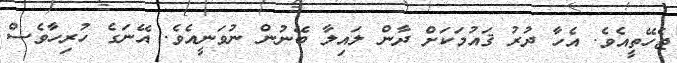
ޖެހޭތީއެވެ. އެހާ ދުރު ޤައުމަކަށް ދާން ލައިލާ ބޭނުން ނުވަނީއެވެ. އޭނަގެ ހުރިހާވެސް